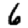
Digit: 6